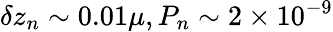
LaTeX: \delta z_{n}\sim 0.01\mu,P_{n}\sim 2\times 10^{-9}